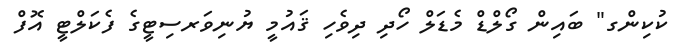
ކުކިންގ" ބައިން ގޯލްޑް މެޑަލް ހޯދި ދިވެހި ޤައުމީ ޔުނިވަރސިޓީގެ ފެކަލްޓީ އޮފް